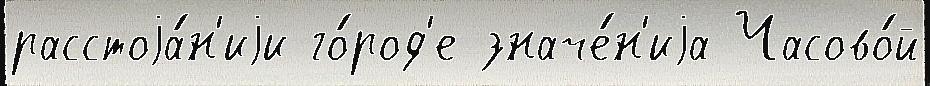
расстоjа́н'иjи го́род'е значе́н'иjа Часово́й